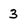
Character: 3